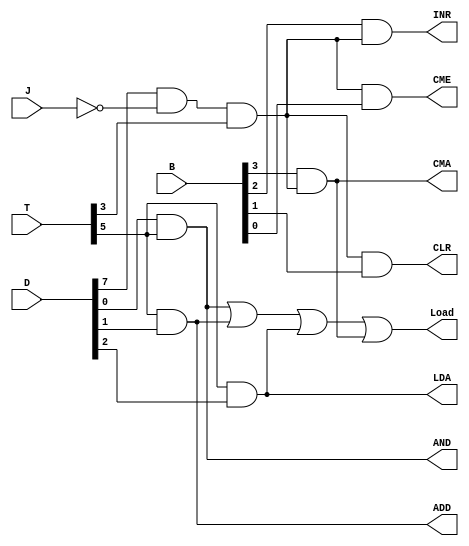
module AC_DESIGN(AND, CMA, LDA, ADD, Load, INR, CLR, T, D, B, J,CME);

	input[7:0] D;
	input[5:0] T;
	input[3:0]B;
	input J;

	output Load, INR, CLR;
	output AND, CMA, LDA, ADD,CME;
	
	wire Jn = ~J;
	wire r = D[7] & Jn & T[3];
	
	
	assign AND = D[0] & T[5];  
	assign ADD = T[5] & D[1];  
	assign LDA = T[5] & D[2]; 
	assign CMA = B[3] & r;
	assign INR = B[2] & r;
	assign CLR = r & B[1];
	assign CME = r & B[0];
	assign Load =( AND | ADD | LDA  | CMA );  
    
endmodule